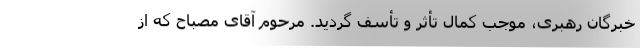
خبرگان رهبری، موجب کمال تأثر و تأسف گردید. مرحوم آقای مصباح که از